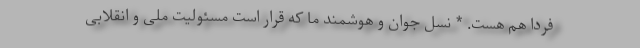
فردا هم هست. * نسل جوان و هوشمند ما که قرار است مسئولیت ملی و انقلابی